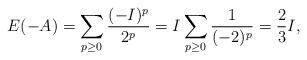
LaTeX: \begin{align*}E(-A)=\sum_{p\geq 0}\frac{(-I)^p}{2^p}=I\sum_{p\geq 0}\frac{1}{(-2)^p}=\frac{2}{3}I,\end{align*}